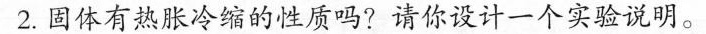
2.固体有热胀冷缩的性质吗?请你设计一个实验说明。